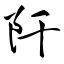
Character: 阡